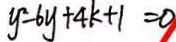
y ^ { 2 } - 6 y + 4 k + 1 = 0